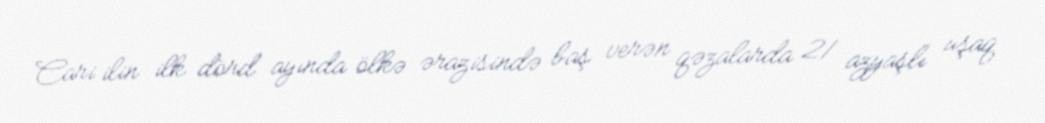
Cari ilin ilk dörd ayında ölkə ərazisində baş verən qəzalarda 21 azyaşlı uşaq